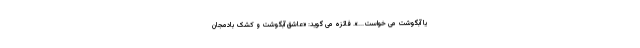
یا آبگوشت می خواست...». فائزه می گوید: «عاشق آبگوشت و کشک بادمجان